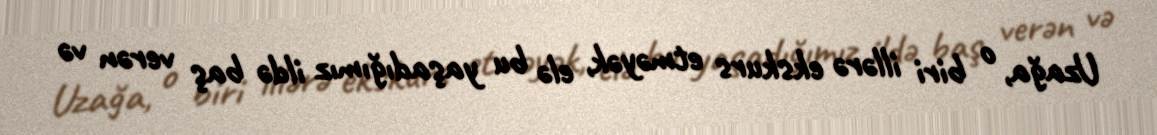
Uzağa, o biri illərə ekskurs etməyək, elə bu yaşadığımız ildə baş verən və